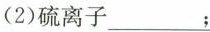
(2)硫离子___；